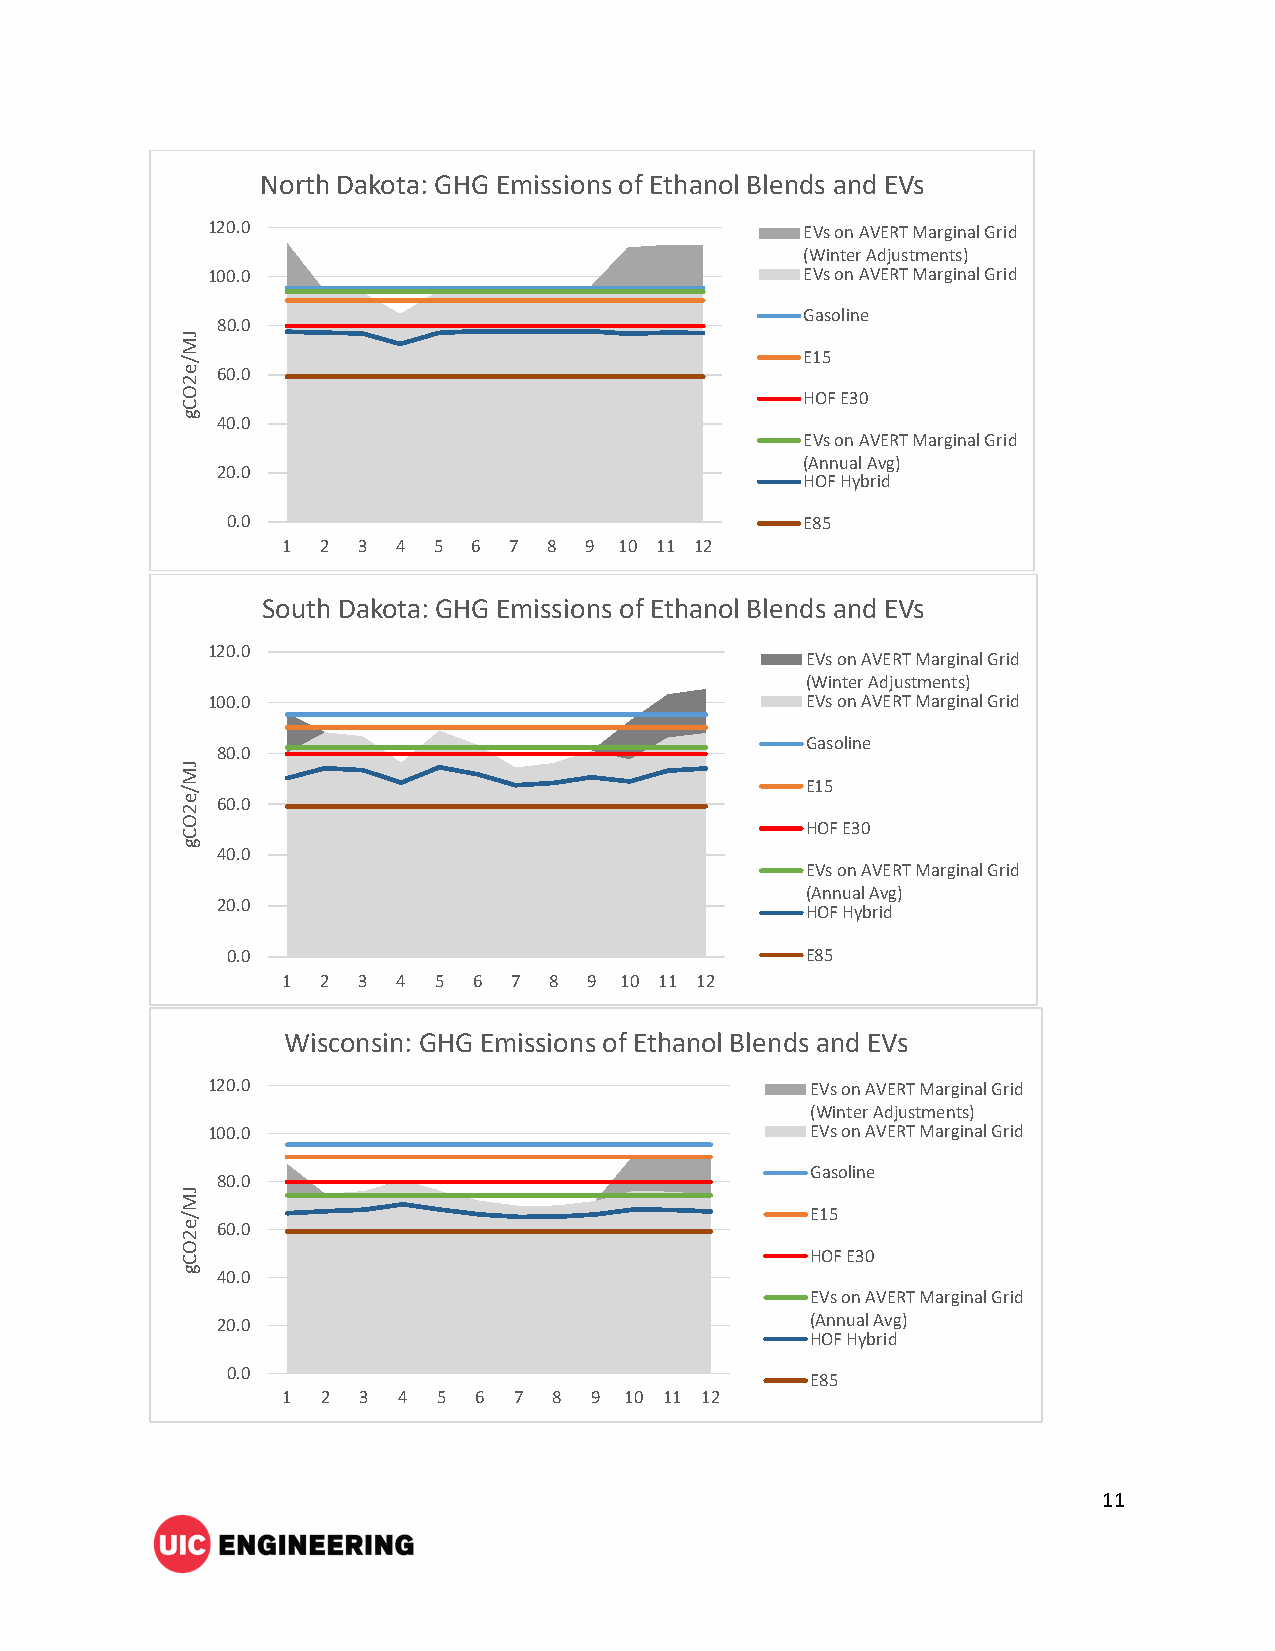
North Dakota: GHG Emissions of Ethanol Blends and EVs
 120.0                                  EVs on AVERT Marginal Grid
 (Winter Adjustments)
 100.0                                  EVs on AVERT Marginal Grid
 Gasoline
 80.0
 J
 M
 E15
 /
 e 60.0
 2
 O                                        HOF E30
 C
 g
 40.0
 EVs on AVERT Marginal Grid
 (Annual Avg)
 20.0
 HOF Hybrid
 0.0                                   E85
 1 2  3 4  5 6  7 8  9 10 11 12
 South Dakota: GHG Emissions of Ethanol Blends and EVs
 120.0
 EVs on AVERT Marginal Grid
 (Winter Adjustments)
 100.0                                  EVs on AVERT Marginal Grid
 Gasoline
 80.0
 J
 M
 E15
 /
 e 60.0
 2
 O                                        HOF E30
 C
 g
 40.0
 EVs on AVERT Marginal Grid
 (Annual Avg)
 20.0
 HOF Hybrid
 0.0                                   E85
 1 2  3 4  5 6  7 8  9 10 11 12
 Wisconsin: GHG Emissions of Ethanol Blends and EVs
 120.0                                   EVs on AVERT Marginal Grid
 (Winter Adjustments)
 100.0                                   EVs on AVERT Marginal Grid
 Gasoline
 80.0
 J
 M
 /                                         E15
 e 60.0
 2
 O
 C                                         HOF E30
 g 40.0
 EVs on AVERT Marginal Grid
 20.0                                    (Annual Avg)
 HOF Hybrid
 0.0
 E85
 1 2  3 4  5 6  7  8 9 10 11 12
 11